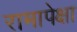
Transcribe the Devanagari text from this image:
रामापेक्षा